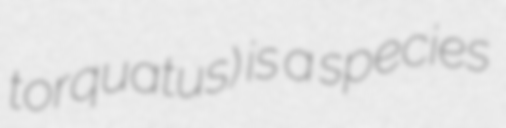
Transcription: torquatus) is a species